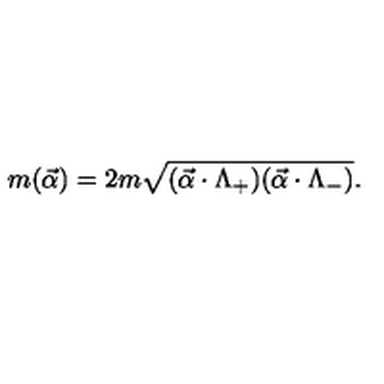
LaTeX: m ( \vec { \alpha } ) = 2 m \sqrt { ( \vec { \alpha } \cdot \Lambda _ { + } ) ( \vec { \alpha } \cdot \Lambda _ { - } ) } .